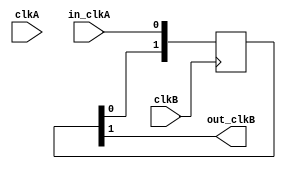
`timescale 1ns / 1ps
module signal_sync(
		input in_clkA,
		input clkA,
		output out_clkB,
		input clkB
    );

	reg [1:0] synced_in_B = {2{1'b0}};
	always @(posedge clkB) begin
		synced_in_B <= {synced_in_B[0],in_clkA};
	end
	assign out_clkB = synced_in_B[1];

endmodule